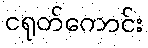
ငရုတ်ကောင်း